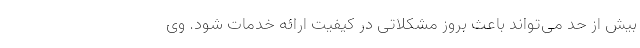
بیش از حد می‌تواند باعث بروز مشکلاتی در کیفیت ارائه خدمات شود. وی